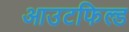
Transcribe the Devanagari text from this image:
आउटफिल्ड